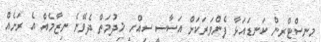
މިނިސްޓްރީން ކަނޑައަޅާ ފެންވަރަކަށް އަސާސީ ސިއްހީ ޚިދުމަތް ދެވޭނެ ނިޒާމެއް އެ ރަށެއް